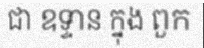
ជា ឧទ្ទាន ក្នុង ពួក